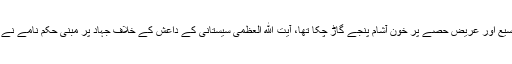
ایسے وقت میں جب تکفیری گروہ داعش ملک کے وسیع اور عریض حصے پر خون آشام پنجے گاڑ چکا تھا، آیت ‌الله العظمی سیستانی کے داعش کے خلاف جہاد پر مبنی حکم نامے نے قومی یکجہتی کو محفوظ بنانے میں اہم کردار ادا کیا۔